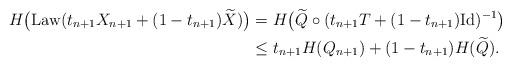
LaTeX: \begin{align*}H\big(\mathrm{Law}(t_{n+1}X_{n+1} + (1-t_{n+1})\widetilde{X})\big) &= H\big(\widetilde{Q} \circ (t_{n+1}T + (1-t_{n+1})\mathrm{Id})^{-1}\big) \\&\le t_{n+1}H(Q_{n+1}) + (1-t_{n+1})H(\widetilde{Q}).\end{align*}